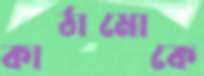
কাঠামোকে